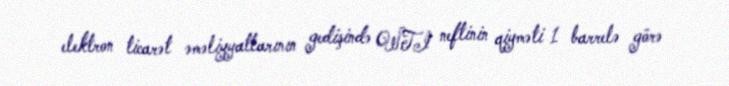
elektron ticarət əməliyyatlarının gedişində WTI neftinin qiyməti 1 barrelə görə